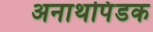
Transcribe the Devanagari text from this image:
अनाथपिंडक